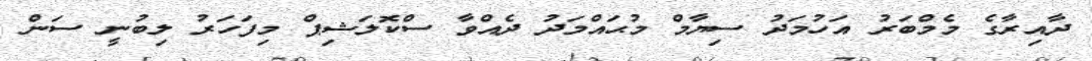
ދާއިރާގެ މެމްބަރު އަހުމަދު ސިޔާމް މުޙައްމަދު ދެއްވާ ސްކޮލަޝިޕް މިފަހަރު ލިބުނީ ސަން